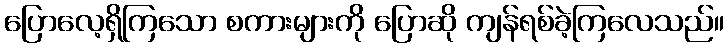
ပြောလေ့ရှိကြသော စကားများကို ပြောဆို ကျန်ရစ်ခဲ့ကြလေသည်။